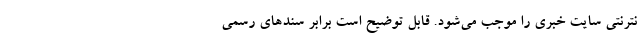
نترنتی سایت خبری را موجب می‌شود. قابل توضیح است برابر سندهای رسمی